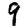
Digit: 9